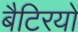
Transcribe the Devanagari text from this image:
बैटिरयों